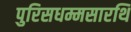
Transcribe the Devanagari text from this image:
पुरिसधम्मसारथि